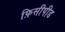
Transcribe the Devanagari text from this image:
फ़िसीपीड